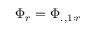
\Phi _ { r } = \Phi _ { . , 1 : r }